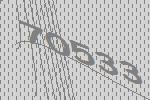
70533